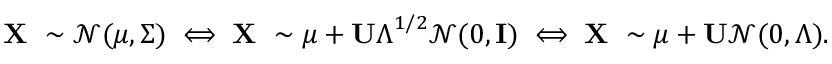
\mathbf { X } \ \sim { \mathcal { N } } ( { \boldsymbol { \mu } } , { \boldsymbol { \Sigma } } ) \iff \mathbf { X } \ \sim { \boldsymbol { \mu } } + \mathbf { U } { \boldsymbol { \Lambda } } ^ { 1 / 2 } { \mathcal { N } } ( 0 , \mathbf { I } ) \iff \mathbf { X } \ \sim { \boldsymbol { \mu } } + \mathbf { U } { \mathcal { N } } ( 0 , { \boldsymbol { \Lambda } } ) .